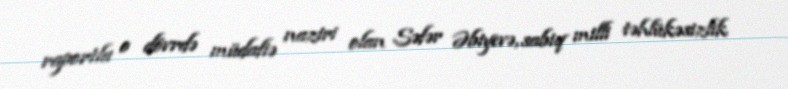
raportla o dövrdə müdafiə naziri olan Səfər Əbiyevə, sabiq milli təhlükəsizlik